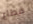
قطاع